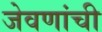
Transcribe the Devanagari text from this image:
जेवणांची